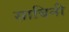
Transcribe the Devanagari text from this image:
साबिनी